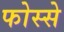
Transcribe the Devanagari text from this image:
फोस्से